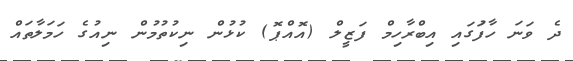
ދެ ވަނަ ހާފަުގައި އިބްރާހިމް ފަޒީލް (އޮއްޕޮ) ކުޅުން ނިކުތުމުން ނިއުގެ ހަމަލާތައް